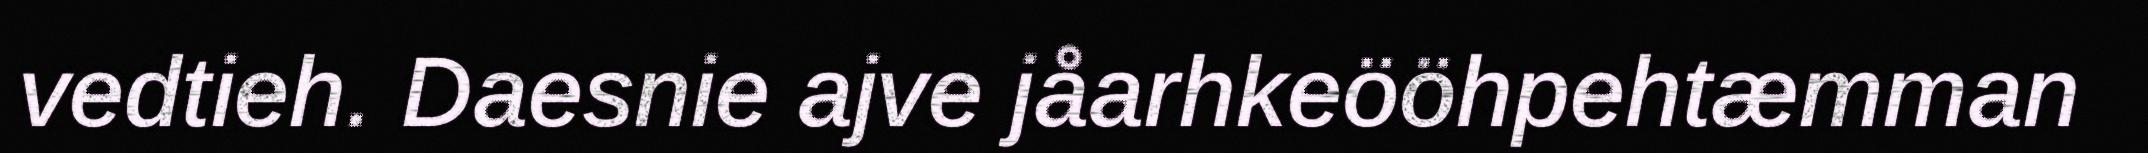
vedtieh. Daesnie ajve jåarhkeööhpehtæmman